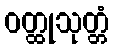
ဝတ္ထုသုတ္တံ